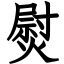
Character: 熨